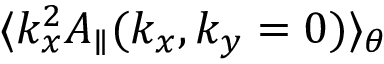
\langle k _ { x } ^ { 2 } A _ { \parallel } ( k _ { x } , k _ { y } = 0 ) \rangle _ { \theta }